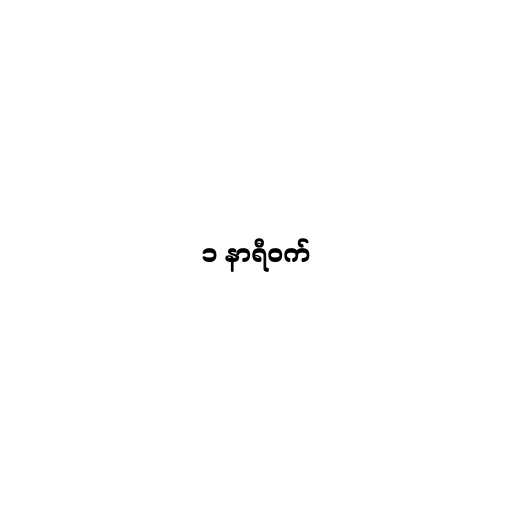
၁ နာရီဝက်